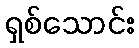
ရှစ်သောင်း